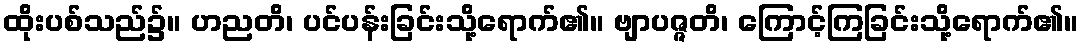
ထိုးပစ်သည်၌။ ဟညတိ၊ ပင်ပန်းခြင်းသို့ရောက်၏။ ဗျာပဇ္ဇတိ၊ ကြောင့်ကြခြင်းသို့ရောက်၏။